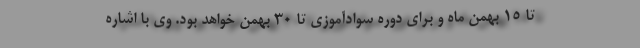
تا ۱۵ بهمن ماه و برای دوره سوادآموزی تا ۳۰ بهمن خواهد بود. وی با اشاره